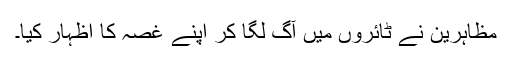
مظاہرین نے ٹائروں میں آگ لگا کر اپنے غصہ کا اظہار کیا۔